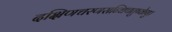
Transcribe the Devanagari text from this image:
दक्षिणचरणसन्धिचतुष्केषु।